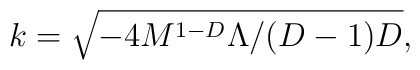
k=\sqrt{-4 M^{1-D}\Lambda / (D-1)D},